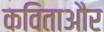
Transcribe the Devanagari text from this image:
कविताऔर